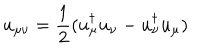
u _ { \mu \nu } = \frac { 1 } { 2 } ( u _ { \mu } ^ { \dagger } u _ { \nu } - u _ { \nu } ^ { \dagger } u _ { \mu } )